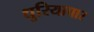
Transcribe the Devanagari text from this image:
धुरियापार